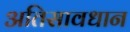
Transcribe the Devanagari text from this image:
अतिसावधान